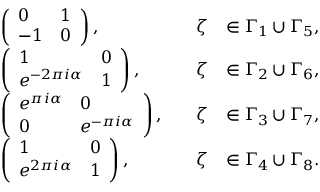
\begin{array} { r l r l } & { \left( \begin{array} { l l } { 0 } & { 1 } \\ { - 1 } & { 0 } \end{array} \right) , \quad } & { \zeta } & { \in \Gamma _ { 1 } \cup \Gamma _ { 5 } , } \\ & { \left( \begin{array} { l l } { 1 } & { 0 } \\ { e ^ { - 2 \pi i \alpha } } & { 1 } \end{array} \right) , \quad } & { \zeta } & { \in \Gamma _ { 2 } \cup \Gamma _ { 6 } , } \\ & { \left( \begin{array} { l l } { e ^ { \pi i \alpha } } & { 0 } \\ { 0 } & { e ^ { - \pi i \alpha } } \end{array} \right) , \quad } & { \zeta } & { \in \Gamma _ { 3 } \cup \Gamma _ { 7 } , } \\ & { \left( \begin{array} { l l } { 1 } & { 0 } \\ { e ^ { 2 \pi i \alpha } } & { 1 } \end{array} \right) , \quad } & { \zeta } & { \in \Gamma _ { 4 } \cup \Gamma _ { 8 } . } \end{array}